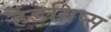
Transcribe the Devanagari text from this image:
हैंडग्रिप्स